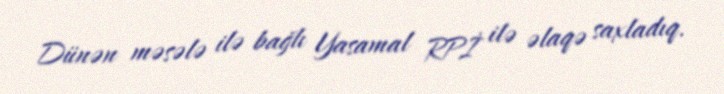
Dünən məsələ ilə bağlı Yasamal RPİ ilə əlaqə saxladıq.